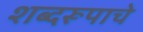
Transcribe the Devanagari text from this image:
शब्दरूपाचे